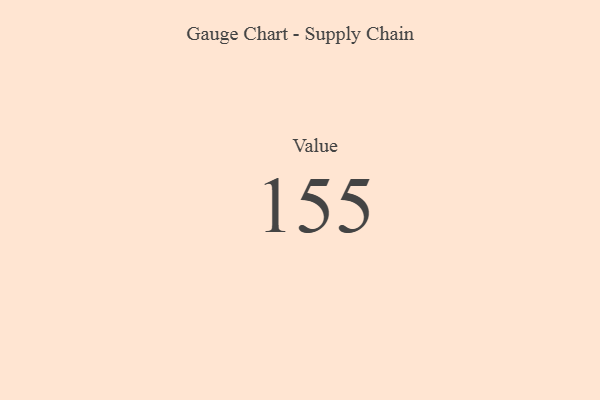
{"axis": {"x": "Metric", "y": "Value"}, "legend": [""], "data": [{"x": "Value", "y": 155, "type": ""}]}